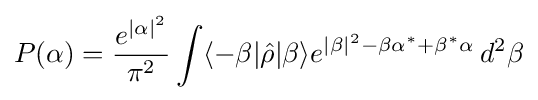
P(\alpha )={\frac {e^{|\alpha |^{2}}}{\pi ^{2}}}\int \langle -\beta |{\hat {\rho }}|\beta \rangle e^{|\beta |^{2}-\beta \alpha ^{*}+\beta ^{*}\alpha }\,d^{2}\beta